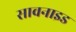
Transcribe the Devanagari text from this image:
सावनाइड